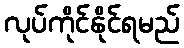
လုပ်ကိုင်နိုင်ရမည်